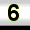
Digit: 6